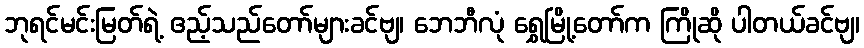
ဘုရင်မင်းမြတ်ရဲ့ ဧည့်သည်တော်များခင်ဗျ၊ ဘေဘီလုံ ရွှေမြို့တော်က ကြိုဆို ပါတယ်ခင်ဗျ၊